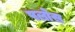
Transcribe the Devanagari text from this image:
पलोस